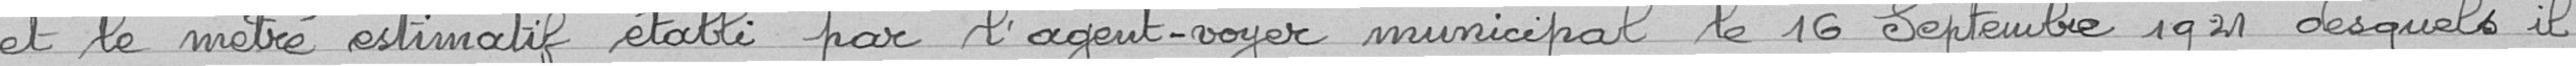
et le métré estimatif établi par l'agent-voyer municipal le 16 septembre 1921 desquels il